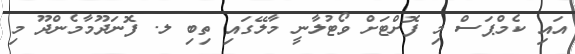
އައި ކެމްޕަސް މި ފޮށްޓަށް ވޯޓުލާނީ މާލޭގައި ތިބި ލ. ފޮނަދޫމާމެންދޫ މި